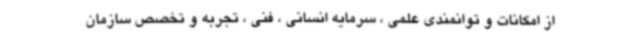
از امکانات و توانمندی علمی ، سرمایه انسانی ، فنی ، تجربه و تخصص سازمان